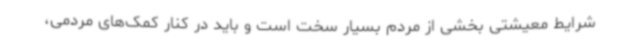
شرایط معیشتی بخشی از مردم بسیار سخت است و باید در کنار کمک‌های مردمی،